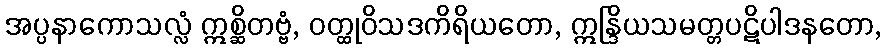
အပ္ပနာကောသလ္လံ ဣစ္ဆိတဗ္ဗံ, ဝတ္ထုဝိသဒကိရိယတော, ဣန္ဒြိယသမတ္တပဋိပါဒနတော,